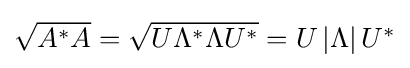
{\textstyle {\sqrt {A^{*}A}}={\sqrt {U\Lambda ^{*}\Lambda U^{*}}}=U\left|\Lambda \right|U^{*}}